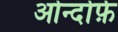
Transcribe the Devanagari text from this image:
ओर्न्दोर्फ़